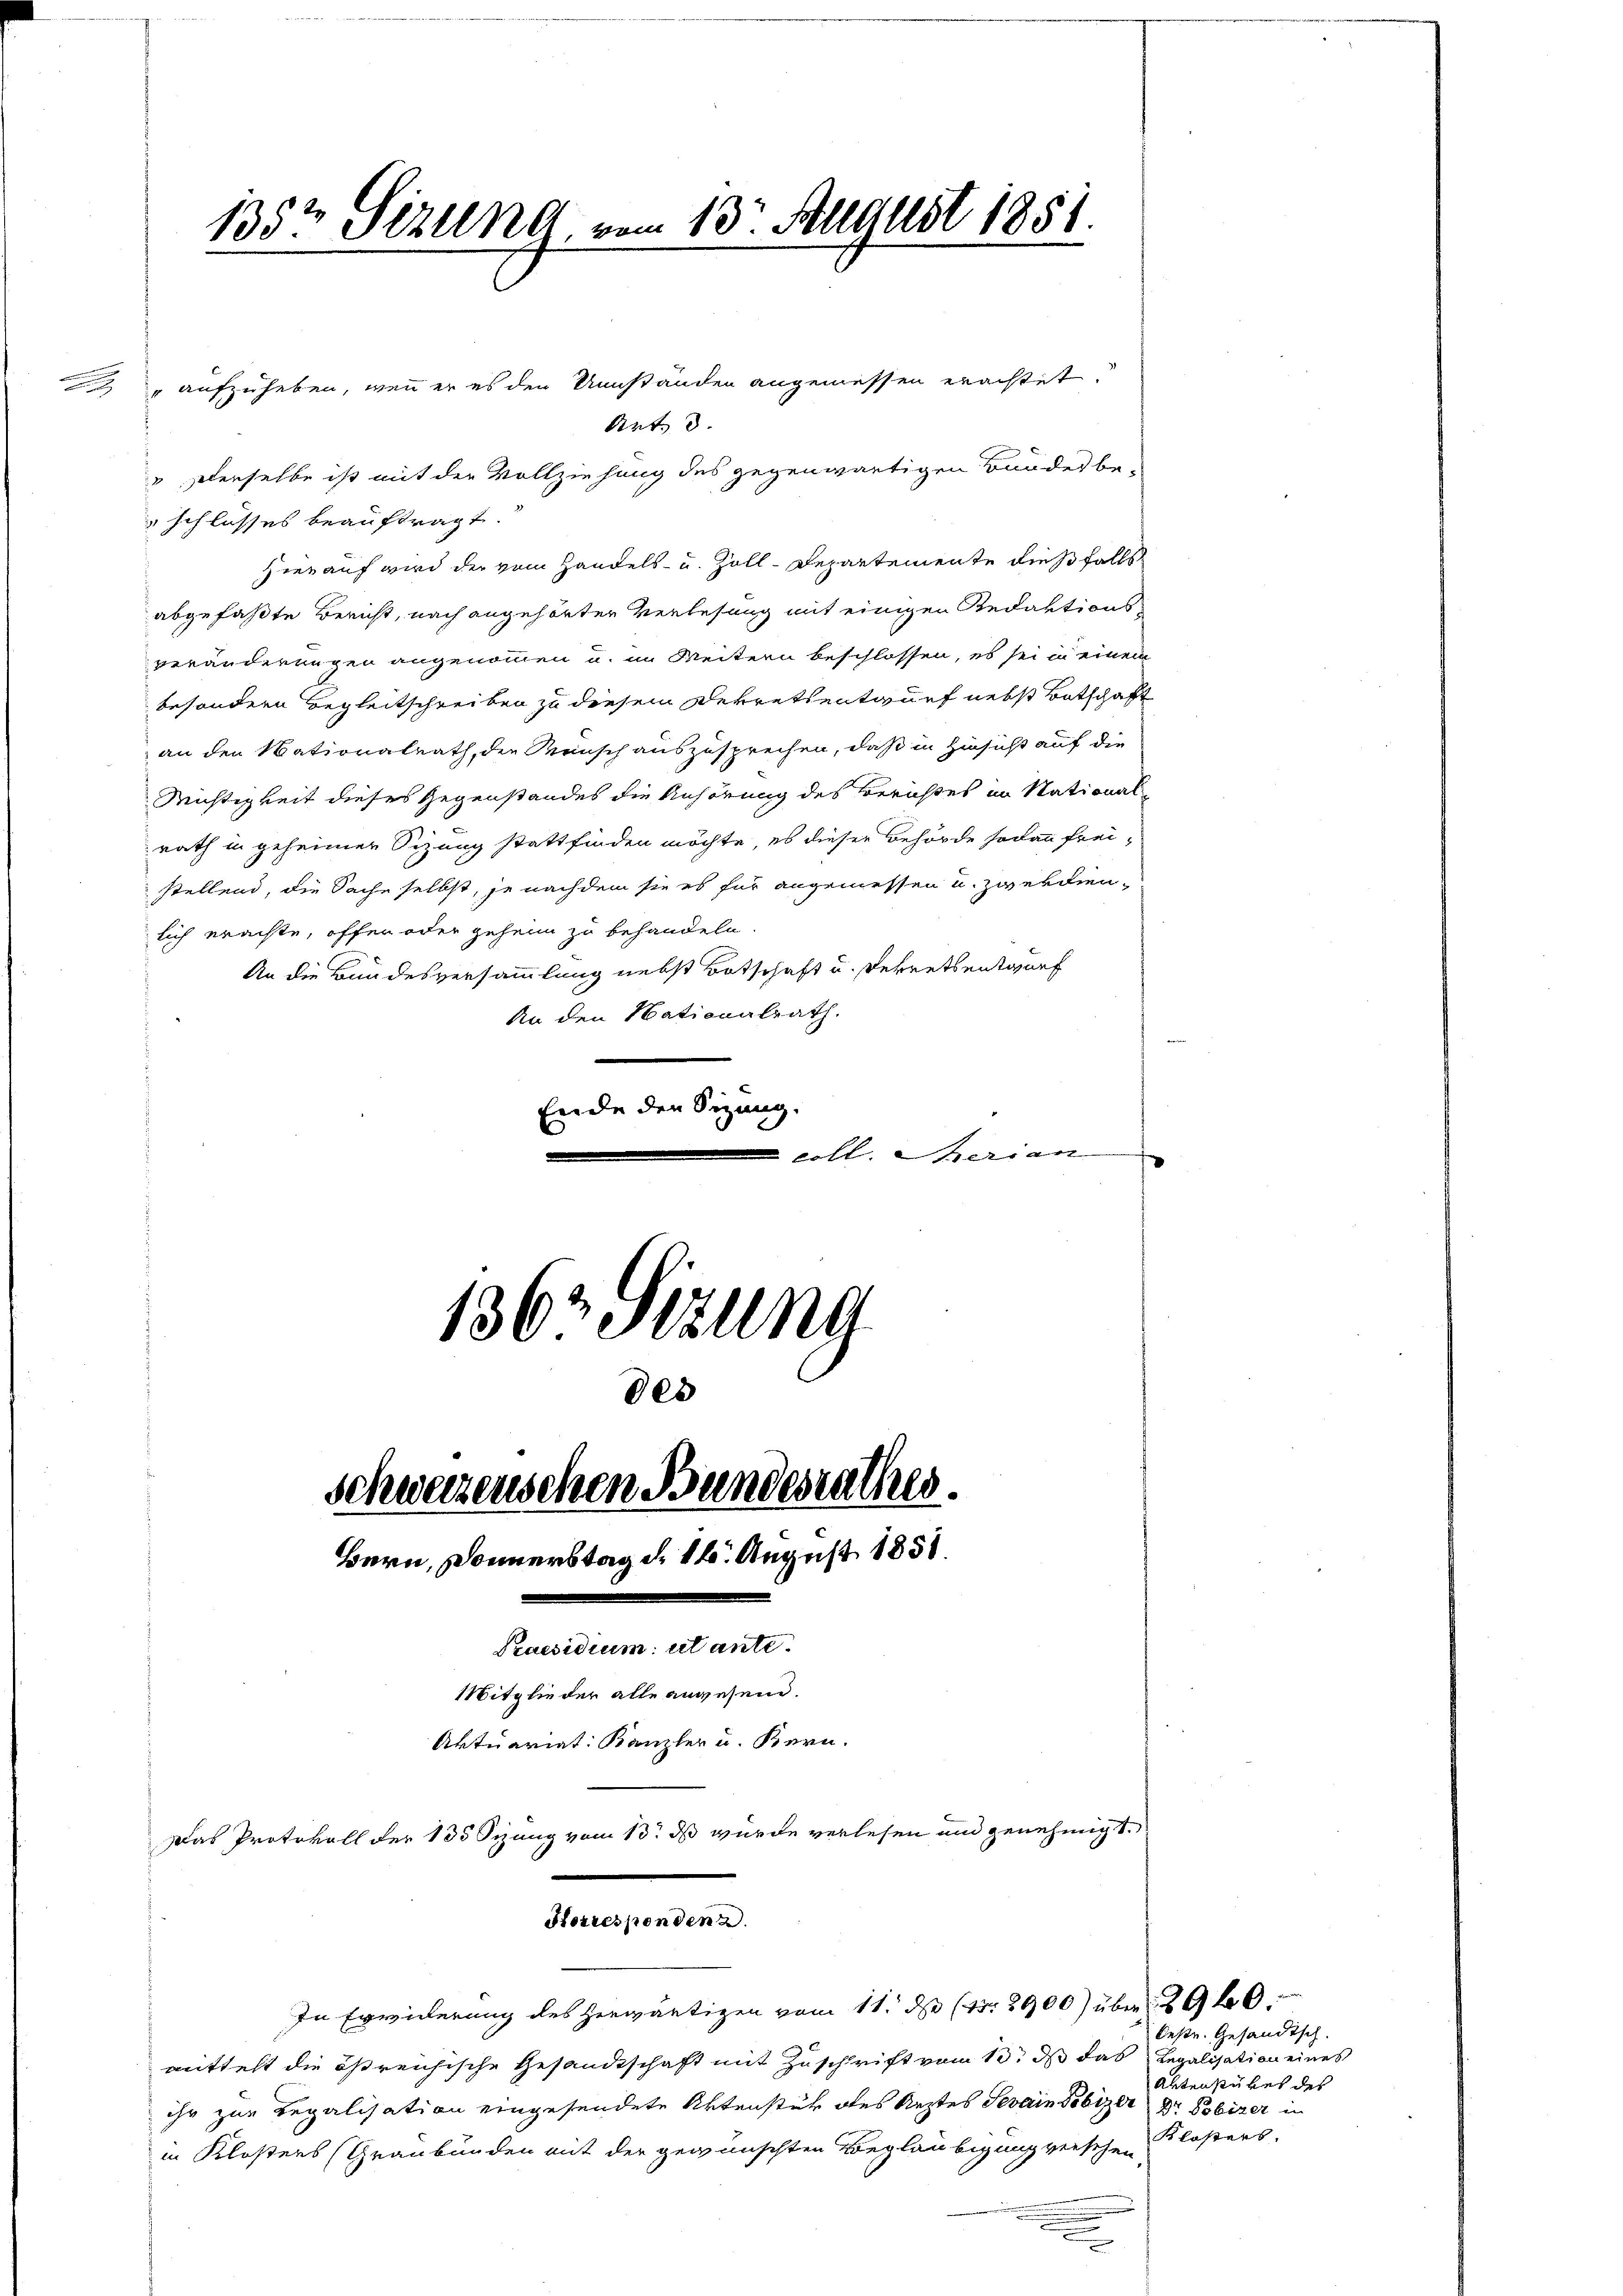
135t Sezung, vom 13. August 1851.

des
Schweizenschen Bundesrathes.
Bern, Donnerstag d. 16. August 1858.
Praesidium ut ante.
Mitglieder alle angesen.
Aktuariat Kanzler u. Bern.
Das Protokoll der 135 Sizung vom 13t ds wurde verlesen und genehmigt.

Korresponden 2.

" aufzuheben, wenn er es den Umständen angemessen erachtet.
Art. 3.
" Derselbe ist mit der Vollziehung des gegenwärtigen Bundes be-
schlusses beauftragt.
Hierauf wird der vom Handels- u. Zoll-Departemente dießfalls
abgefaßte Bericht, nach angehörter Verlesung mit einigen Redaktionsveränderungen angenommen u. im Weitern beschlossen, es sei in einem
besondern Begleitschreiben zu diesem Dekrets entwurf nebst Botschaft
an den Nationalrath, die Mensch auszusprechen, daß in Hinsicht auf die
Wichtigkeit dieses Gegenstandes die Anhörung des Berichtes im Nationalrath in geheimer Sizung stattfinden möchte, es dieser Behörde sodann frei-
stellend, die Sache selbst, je nachdem sie es für angemessen u. zwekdienlich erachte, offen oder geheim zu behandeln.
An die Bundesversammlung nebst Botschaft u. Dekrets entwurf
An den Nationalrath.
Ende den Sitzung.
e
coll. Serian
136 Sizung

In Erwiderung des herwärtigen vom 11. d (15. 2900) über 290
mittelt die östreichische Gesandtschaft mit Zuschrift vom 13t ds das Legalisation eines
ihr zur Regalisation eingesendete Artenstük des Arztes Severin Tobizer Dr. Pobizer in
in Klosters (Graubünden mit der gewünschten Beglaubigung versehen,
e

bestr. Gesandtsch.
Aktenstückes des
Klosters.